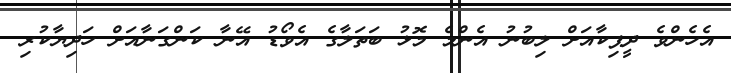
އެހެންވެ ދީޕިކާއަށް ލިބުނު އެންމެ މޮޅު ބަތަލާގެ އެވޯޑު އޭނާ ކަންގަނާއަށް ހަދިޔާކުރި